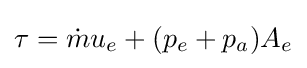
{\textstyle \tau ={\dot {m}}u_{e}+(p_{e}+p_{a})A_{e}}